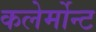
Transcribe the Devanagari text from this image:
कलेर्मोन्ट